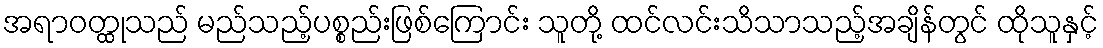
အရာဝတ္ထုသည် မည်သည့်ပစ္စည်းဖြစ်ကြောင်း သူတို့ ထင်လင်းသိသာသည့်အချိန်တွင် ထိုသူနှင့်